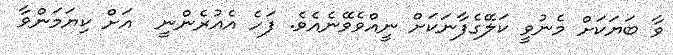
ވާ ބަޔަކަށް މެނުވީ ކަލޭގެފާނަކަށް ނީއްވެވޭނެއެވެ. ފަހެ އެއުރެންނީ  އަށް ކިޔަމަންވާ